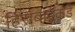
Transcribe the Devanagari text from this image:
हिराबाईंकडे